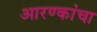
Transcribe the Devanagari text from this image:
आरण्कांचा